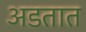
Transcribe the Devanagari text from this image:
अडतात